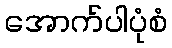
အောက်ပါပုံစံ